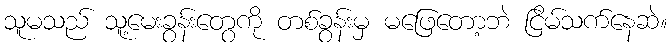
သူမသည် သူ့မေးခွန်းတွေကို တစ်ခွန်းမှ မဖြေတော့ဘဲ ငြိမ်သက်နေဆဲ။